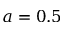
a = 0 . 5